Vital statistics of India. Vol. V, Reports of 1876 on armies & jails and on epidemic cholera
Year: 1876
Disease focus: Cholera
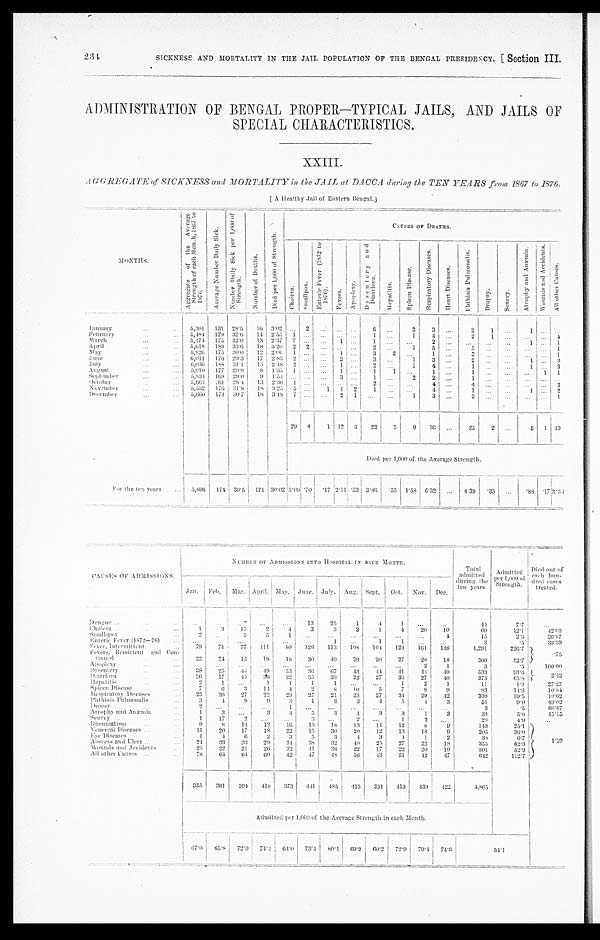
ADMINISTRATION OF BENGAL PROPER—TYPICAL JAILS, AND JAILS OF
SPECIAL CHARACTERISTICS.
XXIII.
AGGREGATE of SICKNESS and MORTALITY in the JAIL at DACCA during the TEN YEARS from 1867 to 1876.
[ A Healthy Jail of Eastern Bengal.]
MONTH
A g g r e g a t e o f t h e A v e r a g e S t r e n g t h o f e a c h M o n t h , 1 8 6 7 t o 1 8 7 6 .
A v e r a g e N u m b e r D a i l y S i c k . N u m b e r D a i l y S i c k p e r 1 , 0 0 0 o f S t r e n g t h .
N u m b e r o f D e a t h s .
D i e d p e r 1 , 0 0 0 o f S t r e n g t h .
CAUSES OF DEATHS.
Ch o l e r a . S m a l l p o x .
E n t e r i c F e v e r ( 1 8 7 2 t o 1 8 7 6 ) .
F e v e r s .
A p o p l e x y . D y s e n t e r y a n d D i a r r h œ a .
Hepat i t i s .
S p l e e n D i s e a s e .
R e s p i r a t o r y D i s e a s e s .
H e a r t D i s e a s e s .
P h t h i s i s P u l m o n a l i s .
D r o p s y . S e u r v y .
A t r o p h y a n d A n æ m i a . W o u n d s a n d A c c i d e n t s .
A l l o t h e r C a u s e s .
January
5 , 3 0 1
1 5 1
2 8 . 5
1 6
3 . 0 2 ... 2 ...
. . . ...
5 ...
2
3 ...
2
1
...
1 ...
...
February
5 , 4 8 4
1 7 9
3 2 . 6
1 4
2 . 5 5 1 ... ...
. . . ...
1 ...
1
4 ...
2
1 ...
. . .
...
4
March
5 , 4 7 4
1 7 5
3 2 . 0
1 3
2 . 3 7 7 ... ...
1 ...
1 ...
. . .
2 ...
. . .
... ...
1 ...
1
April
5 , 6 1 8
1 8 9
3 3 . 6
1 8
3 . 2 0 2 2 ...
. . . ...
2 ...
1
5 ...
5 ... ...
. . .
...
1
May
5 , 8 2 6
1 7 5
3 0 . 0
1 2 2 . 0 6 1 ... ...
1 ...
3
2
. . . 1 ...
3 ... ...
. . .
...
1
June
6 , 0 1 1
1 7 6
2 9 . 3
1 7
2 . 8 3 2 ... ...
2 ...
3 ...
1
3 ..
2 ... ...
1 ... 3
July
6 , 0 3 6
1 8 8
3 1 . 1
1 5
2 . 4 8 2 ... ...
1 ...
2 ...
1
4 ...
1 ... ...
1 ...
3
August
5 , 9 1 0
1 7 7
2 9 . 9
8
1 . 3 5 1 ... ...
1 ...
1
1
. . .
1 ...
1 ... ...
. . .
1
1
September
5 , 8 3 4
1 6 9
2 9 . 0
9
1 . 5 4 ... ... ...
3 ...
1 ...
2
2 ...
1 ... ...
. . .
. . . ...
October
5 , 6 6 4
1 6 1
2 8 . 4
1 3
2 . 3 0 1 ... .. ... ...
2 ... ...
4 ...
4 ... ...
. . . ...
2
November
5 , 5 3 2
1 7 6
3 1 . 8
1 8
3 . 2 5 5 ...
1 1 2
1 ... ...
4 ...
1 ... ...
1 ...
2
December
5 , 6 6 0
1 7 4
3 0 . 7
1 8
3 . 1 8 7 ... ...
2 1 ... ...
1
3 ...
3 ... ... ... ...
1
2 9 4
1 1 2 3
2 2
3
9
3 6 ...
2 5
2 ...
5 1 1 9
Died per 1,000 of the Average Strength.
F o r t h e t e n y e a r s
5 , 6 9 6
1 7 4
3 0 . 5
1 7 1
3 0 . 0 2 5 . 0 9 . 7 0
. 1 7
2 . 1 1 . 5 3
3 . 8 6
. 5 3
1 . 5 8
6 . 3 2 ...
4 . 3 9
. 3 5
. . .
. 8 8
. 1 7
3 . 3 4
C A U S E S O F A D M I S S I O N S .
NUMBER OF ADMISSIONS INTO HOSPITAL IN EACH MONTH.
T o t a l a d m i t t e d d u r i n g t h e t e n y e a r s .
A d mi t t e d p e r 1 , 0 0 0 o f S t r e n g t h .
D i e d o u t o f e a c h h u n - d r e d c a s e s t r e a t e d .
Jan. Feb. March.April.
May .
June. July. Aug. Sept. Oct. Nov. Dec.
Dengue
...
...
...
...
...
1 3
2 5
1
4
1 ...
...
4 4
7 . 7 ...
Cholera
1
3
1 5
2
4
3
3
3
1
4
2 0
1 0
6 9
1 2 . 1
4 2 . 0 3
Small-pox
2 ...
3
5
1 ...
...
...
...
...
...
4
1 5
2 . 6
2 6 . 6 7
Enteric Fever (1872—76) ... ... ...
. . .
. . .
. . .
1
. . .
1
1 ...
. . .
3
. 5
3 3 . 3 3
Fever, Intermittent.
7 9
7 1
7 7
1 1 1
8 0
1 2 6
1 1 3
1 0 8
1 0 4
1 2 3
1 6 1
1 3 8
1 , 2 9 1
2 2 6 . 7
. 7 5
Fevers, Remittent and Con-tinued.
2 2
2 4
1 5
1 9
1 8
3 0
4 0
3 9
2 0
2 7
2 8
1 8
3 0 0
5 2 . 7
Apoplexy
...
...
...
...
... ...
...
...
... ...
2
1
3
. 5
1 0 0 . 0 0
Dysentery
3 8
2 5
4 4
4 9
5 3
3 6
6 7
4 3
4 4
4 1
4 4
4 9
5 3 3
9 3 . 6
2 . 4 2
Diarrhœa
2 6
1 7
4 4
3 6
3 2
3 5
3 3
2 2
2 7
3 6
2 7
4 0
3 7 5
6 5 . 8
Hepatitis
2
1 ...
1
1
1
1 ...
...
1
2
1
1 1
1 . 9
2 7 . 2 7
Spleen Disease
7
6
3
1 4
4
2
8
1 0
5
7
8
9
8 3
1 4 . 6
1 0 . 8 4
Respiratory Diseases
2 5
3 9
2 7
2 2
2 3
2 7
2 1
2 3
2 7
3 4
2 9
4 2
3 3 9
5 9 . 5
1 0 . 6 2
Phthisis Pulmonalis
3
4
9
9
3
1
3
3
4
5
4
3
5 1
9 . 0
4 9 . 0 2
Dropsy
2 ... ...
...
1 ... ...
... ... ... ... ...
3
. 5
6 6 . 6 7
Atrophy and Anæmia
1
3 ...
3
4
5
3
4
3
3
1
3
3 3
5 . 8
1 5 . 1 5
Scurvy
1
1 7
2 ... ...
3 ...
2 ...
1
2 ...
2 8
4 . 9
...
Rheumatism
9
8
1 4
1 2
1 6
1 3
1 8
1 3
1 1
1 2
8
9
1 4 3
2 5 . 1
1 . 1 9
Venereal Diseases
1 1
2 0
1 7
1 8
2 2
1 5
3 0
2 0
1 2
1 3
1 8
9
2 0 5
3 6 . 0
Eye Diseases
1
4
6
2
3
5
3
4
3
4
1
2
3 8
6 . 7
Abseess and Ulcer
2 4
3 3
3 3
2 9
3 4
3 8
3 2
4 0
2 5
2 7
2 2
1 8
3 5 5
6 2 . 3
Wounds and Accidents
2 3
2 2
2 1
2 6
3 2
4 1
3 6
2 2
1 7
2 2
2 0
1 9
3 0 1
5 2 . 9
All other Causes
7 8
6 4
6 4
6 0
4 2
4 7
4 8
5 6
4 3
5 1
4 2
4 7
6 4 2
1 1 2 . 7
3 5 5
3 6 1
3 9 4
4 1 8
3 7 3
4 4 1
4 8 5
4 1 3
3 5 1
4 1 3
4 3 9
4 2 2
4 , 8 6 5
Admitted per 1,000 of the Average Strength in each Month.
6 7 . 0
6 5 . 8
7 2 . 0
7 4 . 4
6 4 . 0
7 3 . 4
8 0 . 4
6 9 . 9
6 0 . 2 7 2 . 9
7 9 . 4
7 4 . 6
54.1